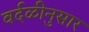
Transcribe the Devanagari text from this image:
वर्दळीनुसार